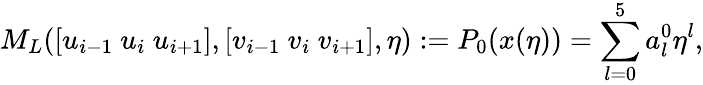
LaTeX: M_{L}([u_{i-1}~u_{i}~u_{i+1}],[v_{i-1}~v_{i}~v_{i+1}],\eta):=P_{0}(x(\eta))=\sum_{l=0}^{5}a_{l}^{0}\eta^{l},